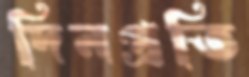
দিনপ্রতি